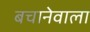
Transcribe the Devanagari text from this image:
बचानेवाला